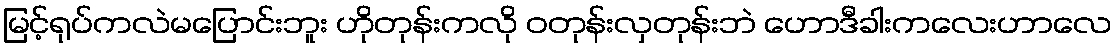
မြင့်ရုပ်ကလဲမပြောင်းဘူး ဟိုတုန်းကလို ဝတုန်းလှတုန်းဘဲ ဟောဒီခါးကလေးဟာလေ